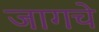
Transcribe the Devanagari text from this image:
जागचे